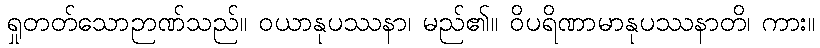
ရှုတတ်သောဉာဏ်သည်။ ဝယာနုပဿနာ၊ မည်၏။ ဝိပရိဏာမာနုပဿနာတိ၊ ကား။